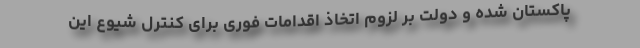
پاکستان شده و دولت بر لزوم اتخاذ اقدامات فوری برای کنترل شیوع این